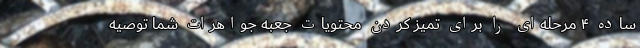
ساده ۴ مرحله‌ای را برای تمیز کردن محتویات جعبه جواهرات شما توصیه